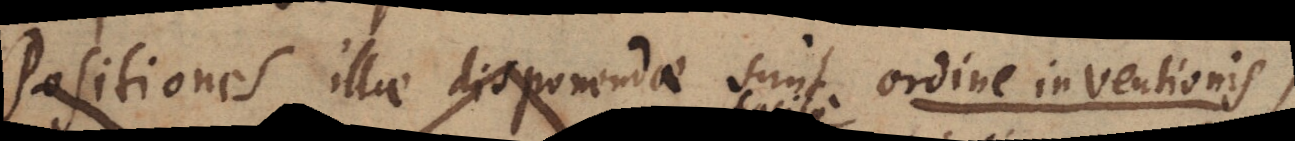
Positiones illae disponendae sunt ordine inventionis,